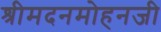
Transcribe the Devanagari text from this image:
श्रीमदनमोहनजी